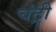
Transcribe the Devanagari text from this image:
चंट्री